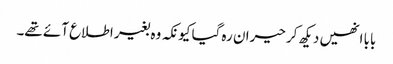
بابا انھیں دیکھ کر حیران رہ گیا کیونکہ وہ بغیر اطلاع آئے تھے۔